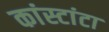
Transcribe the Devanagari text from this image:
कांस्टांटा